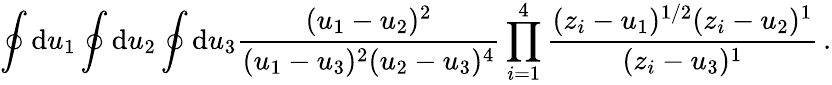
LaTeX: \oint\mathrm{d}u_{1}\oint\mathrm{d}u_{2}\oint\mathrm{d}u_{3}\frac{(u_{1}-u_{2})^{2}}{(u_{1}-u_{3})^{2}(u_{2}-u_{3})^{4}}\prod_{i=1}^{4}\frac{(z_{i}-u_{1})^{1/2}(z_{i}-u_{2})^{1}}{(z_{i}-u_{3})^{1}}\, .